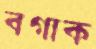
বগাক